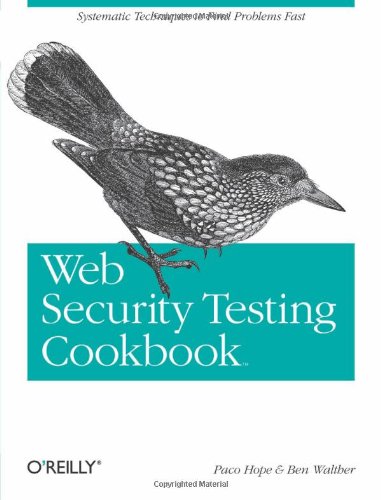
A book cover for Web Security Testing Cookbook: Systematic Techniques to Find Problems Fast; Paco Hope; Computers & Technology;